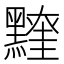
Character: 𪒖